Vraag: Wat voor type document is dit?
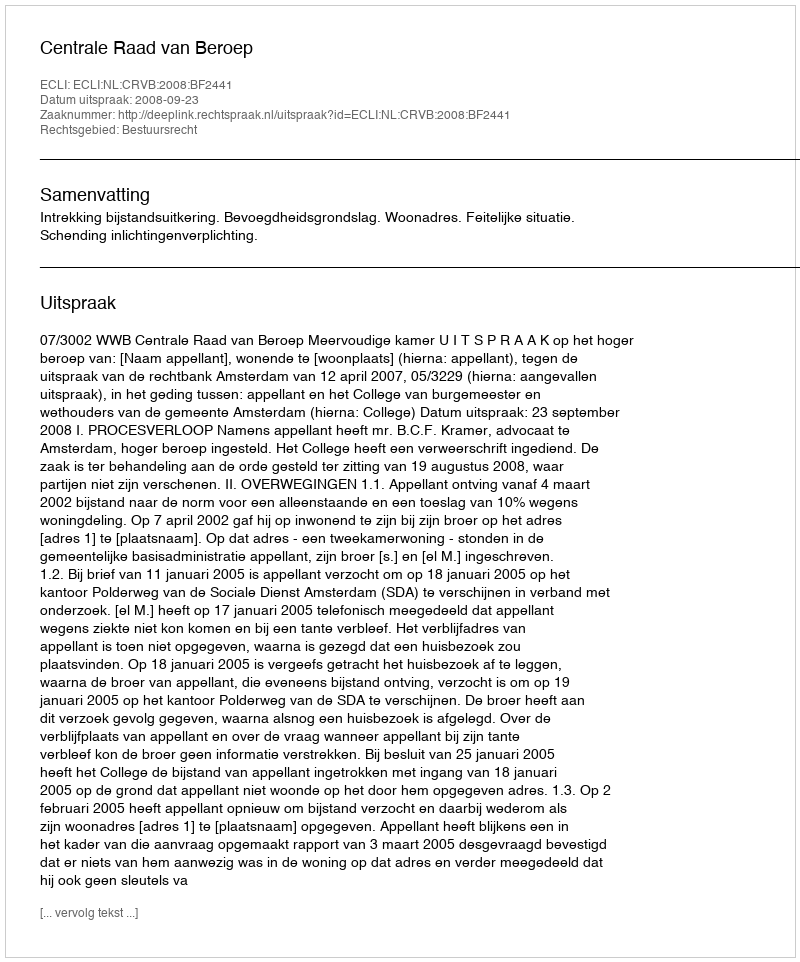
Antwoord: Uitspraak